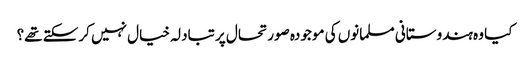
کیا وہ ہندوستانی مسلمانوں کی موجودہ صورتحال پر تبادلہ خیال نہیں کرسکتے تھے؟